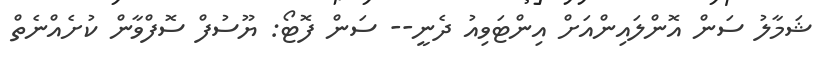
ޝަމާލު ސަން އޮންލައިންއަށް އިންޓަވިއު ދެނީ-- ސަން ފޮޓޯ: ޔޫސުފް ސޮފްވާން ކުށެއްނެތް